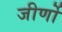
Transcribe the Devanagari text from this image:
जीर्णो